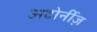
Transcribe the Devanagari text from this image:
अटोर्नीज़